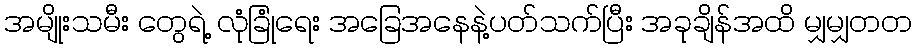
အမျိုးသမီး တွေရဲ့ လုံခြုံရေး အခြေအနေနဲ့ပတ်သက်ပြီး အခုချိန်အထိ မျှမျှတတ